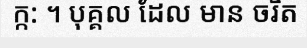
ក្ក: ។ បុគ្គល ដែល មាន ចរិត